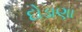
દોડાણા